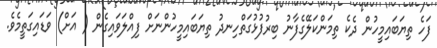
ފަހެ ތިޔަބައިމީހުން ދެކެ ތިމަންކަލޭގެފާނު ބިރުފުޅުގަތްހިނދު ތިޔަބައިމީހުންނަށް ފިއްލަވައިގެން ( އަށް) ވަޑައިގަތީމެވެ.